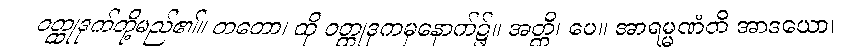
ဝတ္ထုဒုက်တို့မည်၏။ တတော၊ ထို ဝတ္ထုဒုကမှနောက်၌။ အတ္ထိ၊ ပေ။ အာရမ္မဏံတိ အာဒယော၊